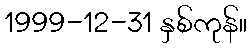
1999-12-31 နှစ်ကုန်။